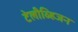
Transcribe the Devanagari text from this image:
टेलीव्हिजन